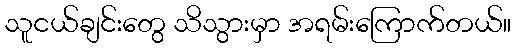
သူငယ်ချင်းတွေ သိသွားမှာ အရမ်းကြောက်တယ်။